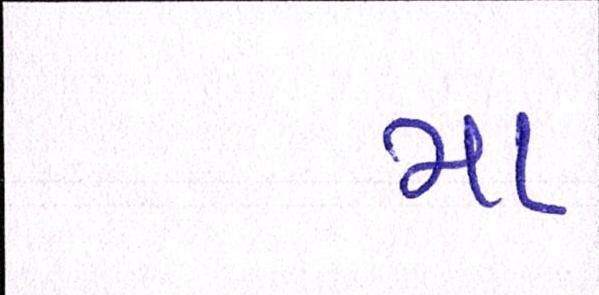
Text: મા